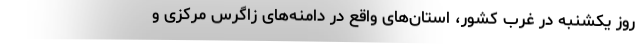
روز یکشنبه در غرب کشور، استان‌های واقع در دامنه‌های زاگرس مرکزی و